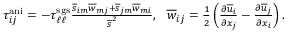
\begin{array} { r } { \tau _ { i j } ^ { \mathrm { a n i } } = - \tau _ { \ell \ell } ^ { \mathrm { s g s } } \frac { \overline { { s } } _ { i m } \overline { { w } } _ { m j } + \overline { { s } } _ { j m } \overline { { w } } _ { m i } } { \overline { { s } } ^ { 2 } } , \ \ \overline { { w } } _ { i j } = \frac { 1 } { 2 } \left( \frac { \partial \overline { { u } } _ { i } } { \partial x _ { j } } - \frac { \partial \overline { { u } } _ { j } } { \partial x _ { i } } \right) . } \end{array}